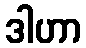
ဒါဟာ